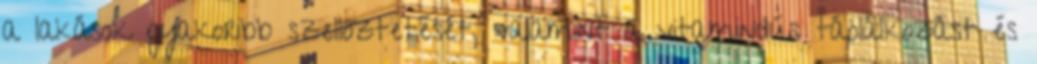
a lakások gyakoribb szellőztetését, valamint a vitamindús táplálkozást és